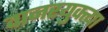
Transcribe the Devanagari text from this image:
वानरयुक्त्या